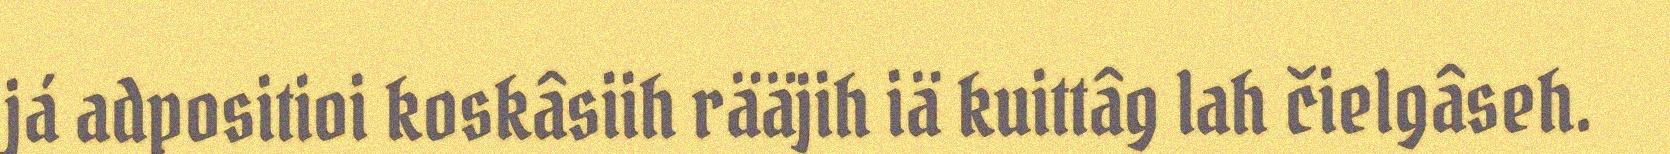
já adpositioi koskâsiih rääjih iä kuittâg lah čielgâseh.